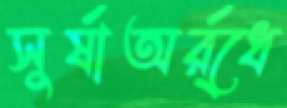
সুর্ষাঅর্র্ধে